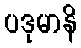
ပဒုမာနိ